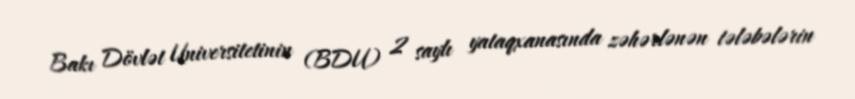
Bakı Dövlət Universitetinin (BDU) 2 saylı yataqxanasında zəhərlənən tələbələrin